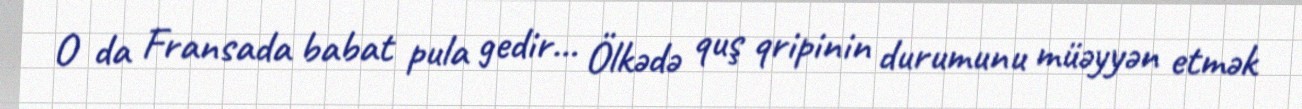
O da Fransada babat pula gedir... Ölkədə quş qripinin durumunu müəyyən etmək